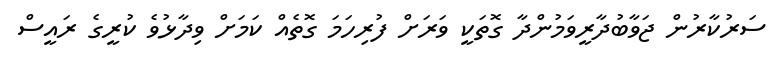
ސަރުކާރުން ޖަވާބުދާރީވަމުންދާ ގޮތަކީ ވަރަށް ފުރިހަމަ ގޮތެއް ކަމަށް ވިދާޅުވެ ކުރީގެ ރައީސް